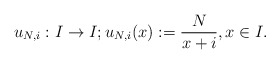
\begin{align*}u_{N,i}:I \rightarrow I; u_{N,i}(x) := \frac{N}{x+i}, x \in I. \end{align*}